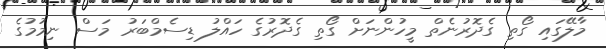
މާލޭގައި ގޯތި ގެދޮރުނެތް މީހުންނަށް ގޯތި ގެދޮރުގެ ހައްލު ޑިސެމްބަރު މަސް ނިމުމުގެ